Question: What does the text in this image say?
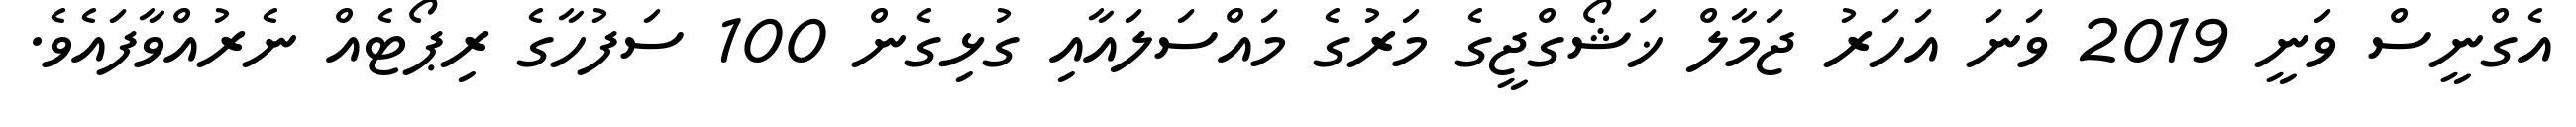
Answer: އެގްނީސް ވަނީ 2019 ވަނަ އަހަރު ޖަމާލް ޚަޝޯގްޖީގެ މަރުގެ މައްސަލައާއި ގުޅިގެން 100 ސަފުހާގެ ރިޕޯޓެއް ނެރުއްވާފައެވެ.